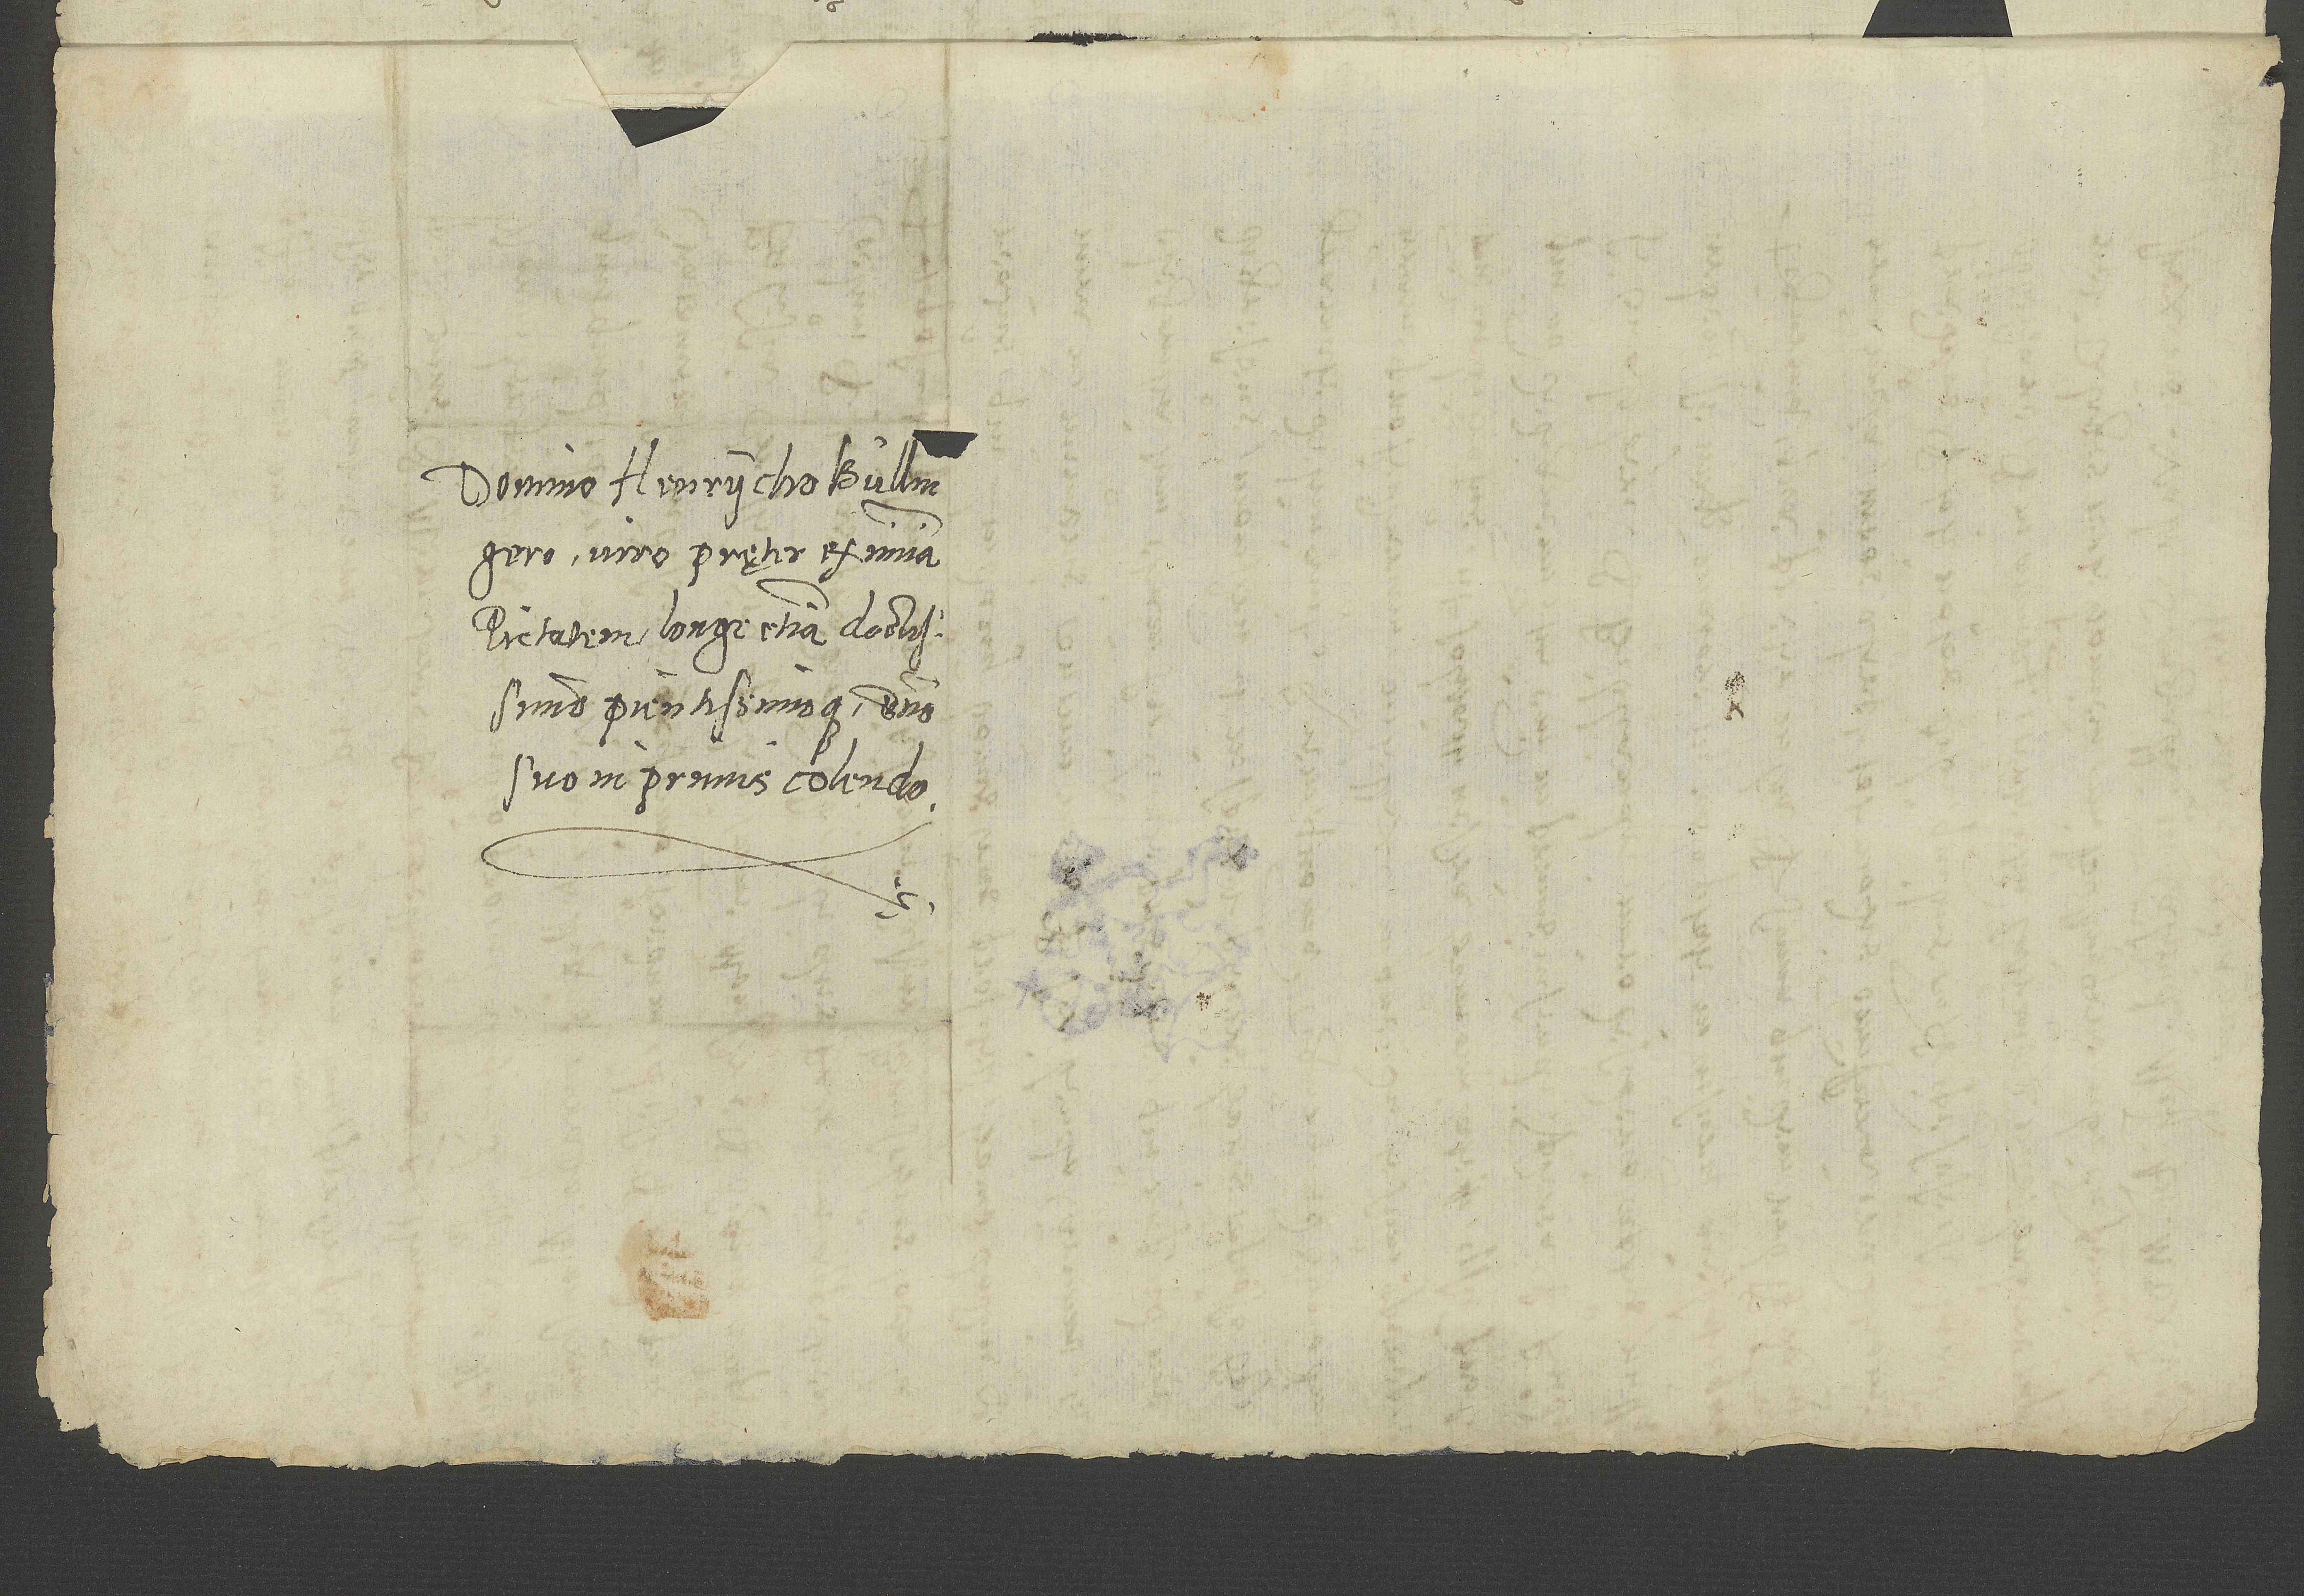
Domino Henrycho Bullingero,
viro pręter eximiam
pietatem longe etiam doctissimo
pientissimoque, domino
suo inprimis colendo.